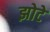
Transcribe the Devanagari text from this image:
झोटे